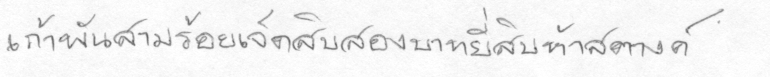
เก้าพันสามร้อยเจ็ดสิบสองบาทยี่สิบห้าสตางค์